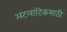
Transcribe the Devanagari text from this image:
अटलांटिकसाठी